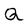
Character: Q